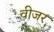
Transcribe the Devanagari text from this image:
वीजर